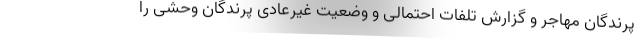
پرندگان مهاجر و گزارش تلفات احتمالی و وضعیت غیرعادی پرندگان وحشی را